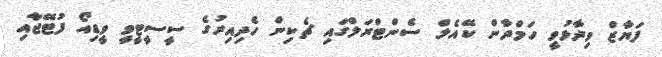
ފަޔާޒް ވިދާޅުވީ ހަމްދާން ކޭއެލް ސެންޓްރަލްގައި ޗެކިން ހެދިއިރުގެ ސީސީޓީވީ ވީޑިއޯ ފުޓޭޖާއި